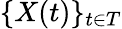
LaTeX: \{ X(t)\} _{t\in T}